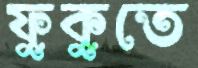
ফুকুতে